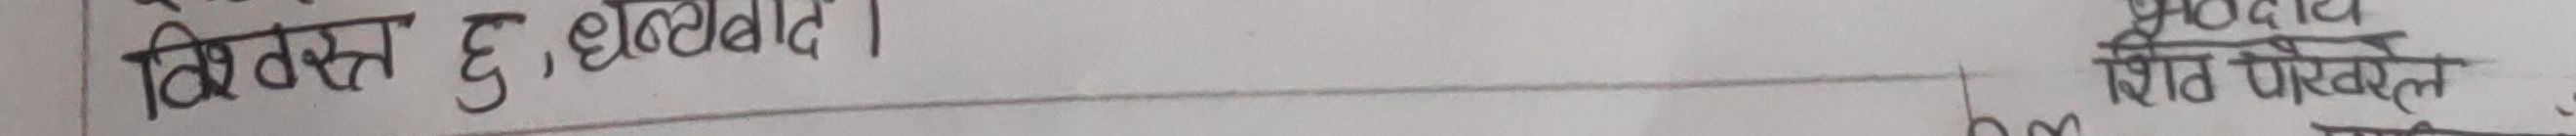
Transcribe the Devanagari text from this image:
विस्तृत हु, छलफल ।